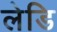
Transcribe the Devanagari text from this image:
लेडि